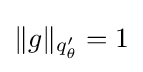
{\textstyle \lVert g\rVert _{q_{\theta }'}=1}